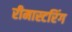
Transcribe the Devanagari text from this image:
रीमास्टरिंग